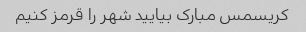
کریسمس مبارک بیایید شهر را قرمز کنیم